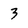
Character: 3